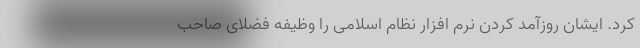
کرد. ایشان روزآمد کردن نرم افزارِ نظام اسلامی را وظیفه فضلای صاحب